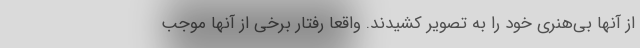
از آنها بی‌هنری خود را به تصویر کشیدند. واقعا رفتار برخی از آنها موجب